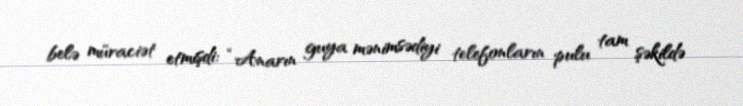
belə müraciət etmişdi: “Anarın guya mənimsədiyi telefonların pulu tam şəkildə